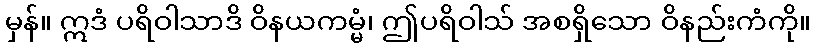
မှန်။ ဣဒံ ပရိဝါသာဒိ ဝိနယကမ္မံ၊ ဤပရိဝါသ် အစရှိသော ဝိနည်းကံကို။